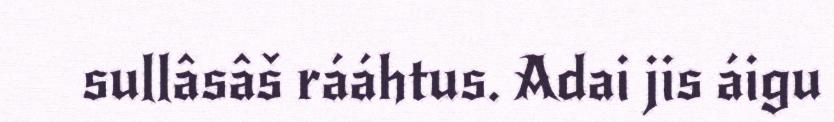
sullâsâš rááhtus. Adai jis áigu